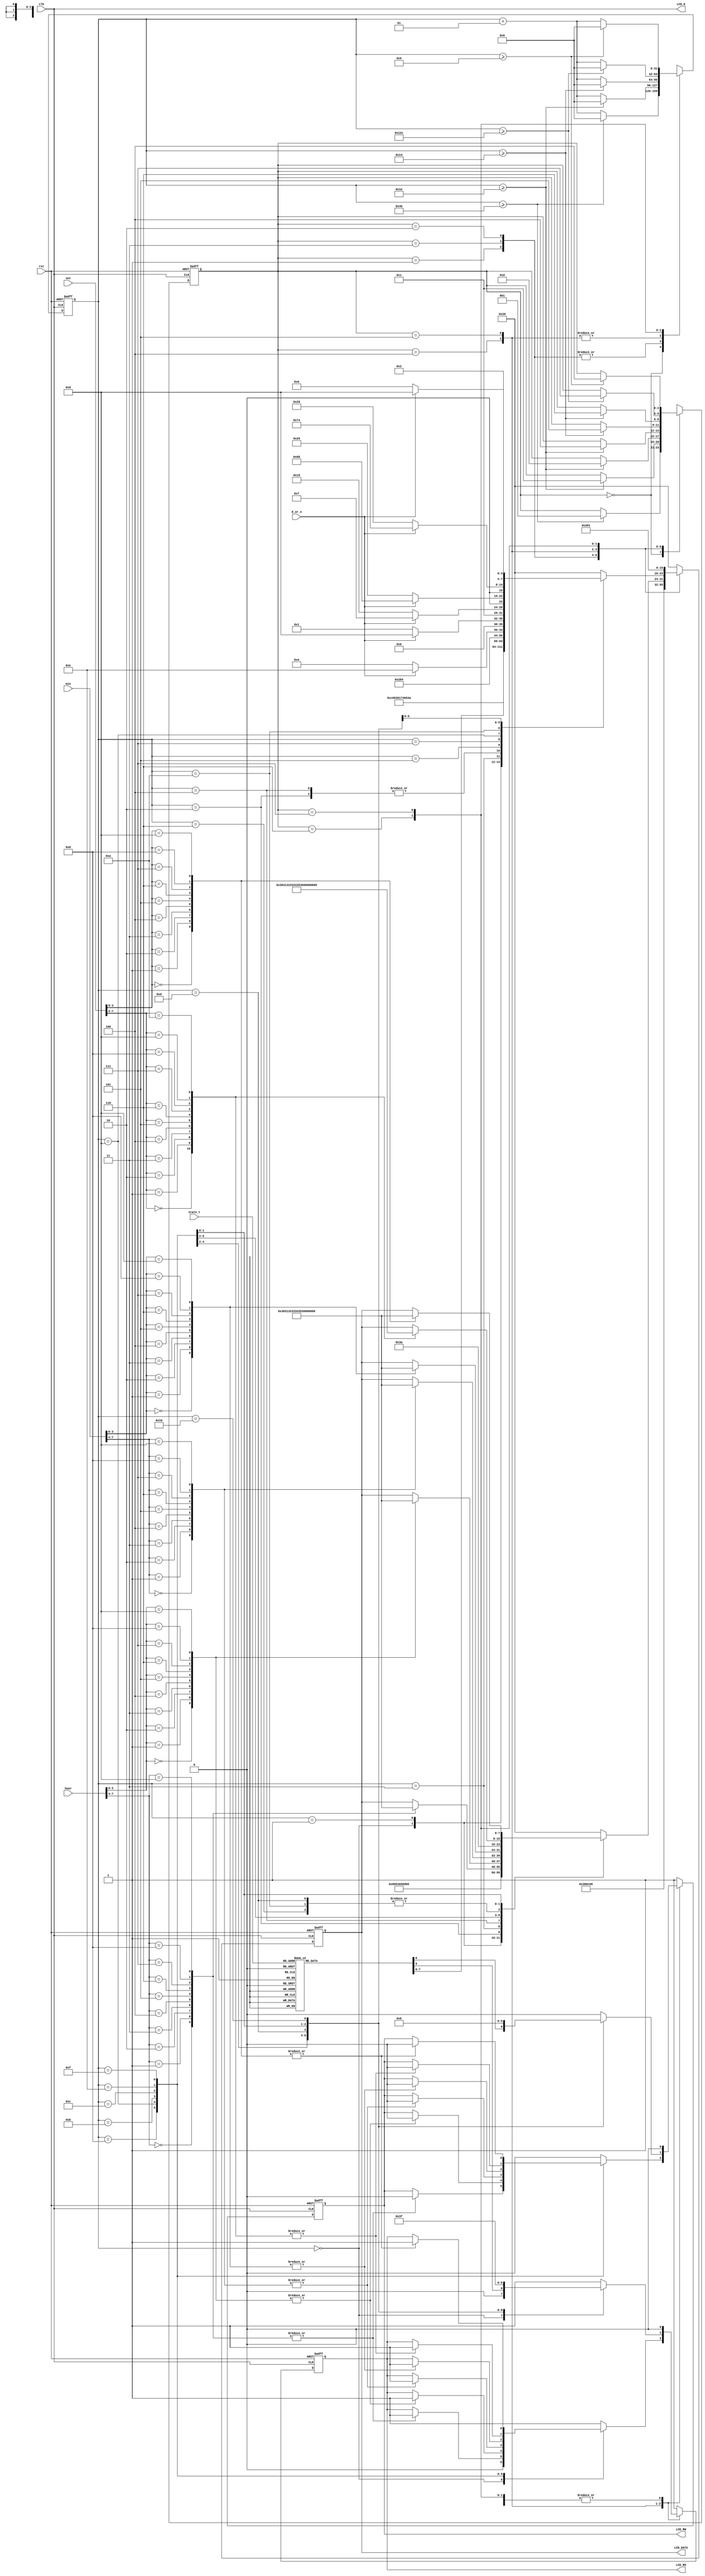
`timescale 1ns / 1ps
//////////////////////////////////////////////////////////////////////////////////
// Company: 
// Engineer: 
// 
// Design Name: 
// Module Name: LCD
// Project Name: 
// Target Devices: 
// Tool Versions: 
// Description: 
// 
// Dependencies: 
// 
// Revision:
// Revision 0.01 - File Created
// Additional Comments:
// 
//////////////////////////////////////////////////////////////////////////////////


module LCD(rst, clk, hour, min, sec, d_or_n, state_t, LCD_E, LCD_RS, LCD_RW, LCD_DATA);

input rst, clk, d_or_n;
input [2:0] state_t;
input [7:0] hour, min, sec; 

output LCD_E, LCD_RS, LCD_RW;
output reg [7:0] LCD_DATA;

wire LCD_E;
reg LCD_text;
reg LCD_RS, LCD_RW;

reg [2:0] state; 
parameter DELAY = 3'b000,
          FUNCTION_SET = 3'b001,
          ENTRY_MODE = 3'b010,
          DISP_ONOFF = 3'b011,
          LINE1 = 3'b100,
          LINE2 = 3'b101,
          DELAY_T = 3'b110,
          CLEAR_DISP = 3'b111;      //state    .  LCD   .

integer cnt;                        //   LCD .         input  .

always @(posedge clk or negedge rst)   //   .
begin
    if(!rst) begin
        state = DELAY;
        cnt = 0;
    end
    else
    begin
        case(state)
            DELAY : begin
                if(cnt >= 70) begin
                    state = FUNCTION_SET;
                    cnt = 0;
                end
                else cnt = cnt + 1;
            end
            FUNCTION_SET : begin
                if(cnt >= 30) begin
                    state = DISP_ONOFF;
                    cnt = 0;
                end
                else cnt = cnt + 1;
            end
            DISP_ONOFF : begin
                if(cnt >= 30) begin
                    state = ENTRY_MODE;
                    cnt = 0;
                end
                else cnt = cnt + 1;
            end
            ENTRY_MODE : begin
                if(cnt >= 30) begin
                    state = LINE1;
                    cnt = 0;
                end
                else cnt = cnt + 1;
            end
            LINE1 : begin
                if(cnt >= 20) begin
                    state = LINE2;
                    cnt = 0;
                end
                else cnt = cnt + 1;
            end
            LINE2 : begin
                if(cnt >= 20) begin
                    state = DELAY_T;
                    cnt = 0;
                end
                else cnt = cnt + 1;
            end
            DELAY_T : begin         // 5    cnt   300       .
                if(cnt >= 300) begin            //    .
                    state = CLEAR_DISP;             
                    cnt = 0;
                end
                else cnt = cnt + 1;
            end
            CLEAR_DISP : begin

                if(cnt >= 5) begin
                    state = LINE1;
                    cnt = 0;
                end
                else cnt = cnt + 1;
            end
            default : state = DELAY;
        endcase
    end
end                 // state cnt      cnt 0 .
                    //   LCD .  DELAY_T   .   .
always @(posedge clk or negedge rst)
begin
    if(!rst) 
        {LCD_RS, LCD_RW, LCD_DATA} = 10'b1_1_00000000;
    else begin
        case(state)
            FUNCTION_SET :
                {LCD_RS, LCD_RW, LCD_DATA} = 10'b0_0_0011_1000;
            DISP_ONOFF :
                {LCD_RS, LCD_RW, LCD_DATA} = 10'b0_0_0000_1100;
            ENTRY_MODE :
                {LCD_RS, LCD_RW, LCD_DATA} = 10'b0_0_0000_0110;         // state    .
            LINE1 :
                begin
                    case(cnt)                           //LINE1  Time:     .
                    00 : {LCD_RS, LCD_RW, LCD_DATA} = 10'b0_0_1000_0000; //address .
                    01 : {LCD_RS, LCD_RW, LCD_DATA} = 10'b1_0_0101_0100; //T          .
                    02 : {LCD_RS, LCD_RW, LCD_DATA} = 10'b1_0_0110_1001; //i
                    03 : {LCD_RS, LCD_RW, LCD_DATA} = 10'b1_0_0110_1101; //m
                    04 : {LCD_RS, LCD_RW, LCD_DATA} = 10'b1_0_0110_0101; //e
                    05 : {LCD_RS, LCD_RW, LCD_DATA} = 10'b1_0_0010_0000; //
                    06 : {LCD_RS, LCD_RW, LCD_DATA} = 10'b1_0_0011_1010; //: .
                    07 : {LCD_RS, LCD_RW, LCD_DATA} = 10'b1_0_0010_0000;
                    08 : case(hour[7:4]) //hour ten ( )
                            0 : {LCD_RS, LCD_RW, LCD_DATA} = 10'b1_0_0011_0000; 
                            1 : {LCD_RS, LCD_RW, LCD_DATA} = 10'b1_0_0011_0001; 
                            2 : {LCD_RS, LCD_RW, LCD_DATA} = 10'b1_0_0011_0010;
                            3 : {LCD_RS, LCD_RW, LCD_DATA} = 10'b1_0_0011_0011;
                            4 : {LCD_RS, LCD_RW, LCD_DATA} = 10'b1_0_0011_0100;
                            5 : {LCD_RS, LCD_RW, LCD_DATA} = 10'b1_0_0011_0101;
                            6 : {LCD_RS, LCD_RW, LCD_DATA} = 10'b1_0_0011_0110;
                            7 : {LCD_RS, LCD_RW, LCD_DATA} = 10'b1_0_0011_0111;
                            8 : {LCD_RS, LCD_RW, LCD_DATA} = 10'b1_0_0011_1000;
                            9 : {LCD_RS, LCD_RW, LCD_DATA} = 10'b1_0_0011_1001;
                        endcase
                    09 : case(hour[3:0]) //hour one     ( )
                            0 : {LCD_RS, LCD_RW, LCD_DATA} = 10'b1_0_0011_0000;
                            1 : {LCD_RS, LCD_RW, LCD_DATA} = 10'b1_0_0011_0001;
                            2 : {LCD_RS, LCD_RW, LCD_DATA} = 10'b1_0_0011_0010;
                            3 : {LCD_RS, LCD_RW, LCD_DATA} = 10'b1_0_0011_0011;
                            4 : {LCD_RS, LCD_RW, LCD_DATA} = 10'b1_0_0011_0100;
                            5 : {LCD_RS, LCD_RW, LCD_DATA} = 10'b1_0_0011_0101;
                            6 : {LCD_RS, LCD_RW, LCD_DATA} = 10'b1_0_0011_0110;
                            7 : {LCD_RS, LCD_RW, LCD_DATA} = 10'b1_0_0011_0111;
                            8 : {LCD_RS, LCD_RW, LCD_DATA} = 10'b1_0_0011_1000;
                            9 : {LCD_RS, LCD_RW, LCD_DATA} = 10'b1_0_0011_1001;
                        endcase
                    10 : {LCD_RS, LCD_RW, LCD_DATA} = 10'b1_0_0011_1010; //:  .   .
                    11 : case(min[7:4]) //min ten            
                            0 : {LCD_RS, LCD_RW, LCD_DATA} = 10'b1_0_0011_0000;
                            1 : {LCD_RS, LCD_RW, LCD_DATA} = 10'b1_0_0011_0001;
                            2 : {LCD_RS, LCD_RW, LCD_DATA} = 10'b1_0_0011_0010;
                            3 : {LCD_RS, LCD_RW, LCD_DATA} = 10'b1_0_0011_0011;
                            4 : {LCD_RS, LCD_RW, LCD_DATA} = 10'b1_0_0011_0100;
                            5 : {LCD_RS, LCD_RW, LCD_DATA} = 10'b1_0_0011_0101;
                            6 : {LCD_RS, LCD_RW, LCD_DATA} = 10'b1_0_0011_0110;
                            7 : {LCD_RS, LCD_RW, LCD_DATA} = 10'b1_0_0011_0111;
                            8 : {LCD_RS, LCD_RW, LCD_DATA} = 10'b1_0_0011_1000;
                            9 : {LCD_RS, LCD_RW, LCD_DATA} = 10'b1_0_0011_1001;
                        endcase
                    12 : case(min[3:0]) //min one            
                            0 : {LCD_RS, LCD_RW, LCD_DATA} = 10'b1_0_0011_0000;
                            1 : {LCD_RS, LCD_RW, LCD_DATA} = 10'b1_0_0011_0001;
                            2 : {LCD_RS, LCD_RW, LCD_DATA} = 10'b1_0_0011_0010;
                            3 : {LCD_RS, LCD_RW, LCD_DATA} = 10'b1_0_0011_0011;
                            4 : {LCD_RS, LCD_RW, LCD_DATA} = 10'b1_0_0011_0100;
                            5 : {LCD_RS, LCD_RW, LCD_DATA} = 10'b1_0_0011_0101;
                            6 : {LCD_RS, LCD_RW, LCD_DATA} = 10'b1_0_0011_0110;
                            7 : {LCD_RS, LCD_RW, LCD_DATA} = 10'b1_0_0011_0111;
                            8 : {LCD_RS, LCD_RW, LCD_DATA} = 10'b1_0_0011_1000;
                            9 : {LCD_RS, LCD_RW, LCD_DATA} = 10'b1_0_0011_1001;
                         endcase
                     13 : {LCD_RS, LCD_RW, LCD_DATA} = 10'b1_0_0011_1010; //:
                     14 : case(sec[7:4]) //sec ten            
                            0 : {LCD_RS, LCD_RW, LCD_DATA} = 10'b1_0_0011_0000;
                            1 : {LCD_RS, LCD_RW, LCD_DATA} = 10'b1_0_0011_0001;
                            2 : {LCD_RS, LCD_RW, LCD_DATA} = 10'b1_0_0011_0010;
                            3 : {LCD_RS, LCD_RW, LCD_DATA} = 10'b1_0_0011_0011;
                            4 : {LCD_RS, LCD_RW, LCD_DATA} = 10'b1_0_0011_0100;
                            5 : {LCD_RS, LCD_RW, LCD_DATA} = 10'b1_0_0011_0101;
                            6 : {LCD_RS, LCD_RW, LCD_DATA} = 10'b1_0_0011_0110;
                            7 : {LCD_RS, LCD_RW, LCD_DATA} = 10'b1_0_0011_0111;
                            8 : {LCD_RS, LCD_RW, LCD_DATA} = 10'b1_0_0011_1000;
                            9 : {LCD_RS, LCD_RW, LCD_DATA} = 10'b1_0_0011_1001;
                            10 : {LCD_RS, LCD_RW, LCD_DATA} = 10'b1_0_0001_0110;
                        endcase
                    15 : case(sec[3:0]) //sec one                
                            0 : {LCD_RS, LCD_RW, LCD_DATA} = 10'b1_0_0011_0000;
                            1 : {LCD_RS, LCD_RW, LCD_DATA} = 10'b1_0_0011_0001;
                            2 : {LCD_RS, LCD_RW, LCD_DATA} = 10'b1_0_0011_0010;
                            3 : {LCD_RS, LCD_RW, LCD_DATA} = 10'b1_0_0011_0011;
                            4 : {LCD_RS, LCD_RW, LCD_DATA} = 10'b1_0_0011_0100;
                            5 : {LCD_RS, LCD_RW, LCD_DATA} = 10'b1_0_0011_0101;
                            6 : {LCD_RS, LCD_RW, LCD_DATA} = 10'b1_0_0011_0110;
                            7 : {LCD_RS, LCD_RW, LCD_DATA} = 10'b1_0_0011_0111;
                            8 : {LCD_RS, LCD_RW, LCD_DATA} = 10'b1_0_0011_1000;
                            9 : {LCD_RS, LCD_RW, LCD_DATA} = 10'b1_0_0011_1001;
                        endcase
                    default : {LCD_RS, LCD_RW, LCD_DATA} = 10'b1_0_0010_0000; 
                endcase
           end
           LINE2 :
                begin
                    case(cnt)
                    00 : {LCD_RS, LCD_RW, LCD_DATA} = 10'b0_0_1100_0000; //adress .
                    01 : {LCD_RS, LCD_RW, LCD_DATA} = 10'b1_0_0101_0011; //S          .
                    02 : {LCD_RS, LCD_RW, LCD_DATA} = 10'b1_0_0111_0100; //t
                    03 : {LCD_RS, LCD_RW, LCD_DATA} = 10'b1_0_0110_0001; //a
                    04 : {LCD_RS, LCD_RW, LCD_DATA} = 10'b1_0_0111_0100; //t
                    05 : {LCD_RS, LCD_RW, LCD_DATA} = 10'b1_0_0110_0101; //e
                    06 : {LCD_RS, LCD_RW, LCD_DATA} = 10'b1_0_0010_0000; //
                    07 : {LCD_RS, LCD_RW, LCD_DATA} = 10'b1_0_0011_1010; //:
                    08 : {LCD_RS, LCD_RW, LCD_DATA} = 10'b1_0_0010_0000; //  
                    09 : case(state_t)
                            0 : {LCD_RS, LCD_RW, LCD_DATA} = 10'b1_0_0100_0001; //A
                            1 : {LCD_RS, LCD_RW, LCD_DATA} = 10'b1_0_0100_0010; //B
                            2 : {LCD_RS, LCD_RW, LCD_DATA} = 10'b1_0_0100_0011; //C
                            3 : {LCD_RS, LCD_RW, LCD_DATA} = 10'b1_0_0100_0100; //D
                            4 : {LCD_RS, LCD_RW, LCD_DATA} = 10'b1_0_0100_0101; //E
                            5 : {LCD_RS, LCD_RW, LCD_DATA} = 10'b1_0_0100_0110; //F
                            6 : {LCD_RS, LCD_RW, LCD_DATA} = 10'b1_0_0100_0111; //G
                            7 : {LCD_RS, LCD_RW, LCD_DATA} = 10'b1_0_0100_1000; //H
                            8 : {LCD_RS, LCD_RW, LCD_DATA} = 10'b1_0_0100_0001; //A
                        endcase
                    10 : {LCD_RS, LCD_RW, LCD_DATA} = 10'b1_0_0010_1000; //(
                    11 : {LCD_RS, LCD_RW, LCD_DATA} = d_or_n? 10'b1_0_0100_1110 : 10'b1_0_0100_0100;//N   D
                    12 : {LCD_RS, LCD_RW, LCD_DATA} = d_or_n? 10'b1_0_0110_1001 : 10'b1_0_0110_0001;//i   a
                    13 : {LCD_RS, LCD_RW, LCD_DATA} = d_or_n? 10'b1_0_0110_0111 : 10'b1_0_0111_1001;//g   y
                    14 : {LCD_RS, LCD_RW, LCD_DATA} = d_or_n? 10'b1_0_0110_1000 : 10'b1_0_0010_1001;//h   )
                    15 : {LCD_RS, LCD_RW, LCD_DATA} = d_or_n? 10'b1_0_0111_0100 : 10'b1_0_0010_0000;//t
                    16 : {LCD_RS, LCD_RW, LCD_DATA} = d_or_n? 10'b1_0_0010_1001 : 10'b1_0_0010_0000;//)
                    default : {LCD_RS, LCD_RW, LCD_DATA} = 10'b1_0_0010_0000; //
                endcase
           end
            DELAY_T : 
                {LCD_RS, LCD_RW, LCD_DATA} = 10'b0_0_0000_0010;
            CLEAR_DISP :
                {LCD_RS, LCD_RW, LCD_DATA} = 10'b0_0_0000_0001;
            default :
                {LCD_RS, LCD_RW, LCD_DATA} = 10'b1_1_0010_0000;         // LCD  .
         endcase
     end
end

assign LCD_E = clk;

endmodule